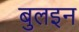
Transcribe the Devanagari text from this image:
बुलइन